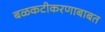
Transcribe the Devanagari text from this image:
बळकटीकरणाबाबत